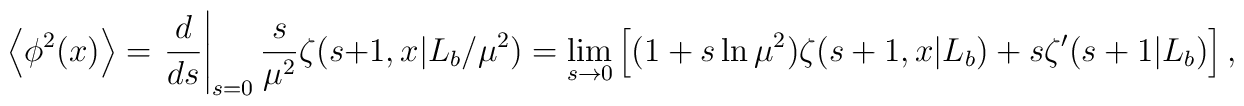
\left<\phi^2(x)\right>=\left.{d\over ds}\right|_{s=0}{s\over\mu^2}\zeta(s+1,x|L_b/\mu^2)=\lim_{s\rightarrow0}\left[(1+s\ln\mu^2)\zeta(s+1,x|L_b)+s\zeta'(s+1|L_b)\right],